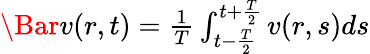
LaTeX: \begin{array}{r}{\Bar{v}(r,t)=\frac{1}{T}\int_{t-\frac{T}{2}}^{t+\frac{T}{2}}v(r,s)ds}\end{array}